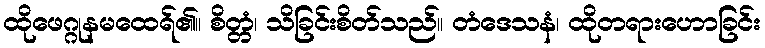
ထိုဖေဂ္ဂုနမထေရ်၏။ စိတ္တံ၊ သိခြင်းစိတ်သည်။ တံဒေသနံ၊ ထိုတရားဟောခြင်း